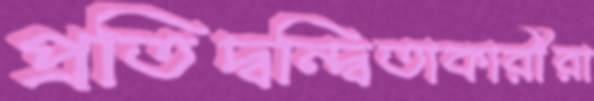
প্রতিদ্বন্দ্বিতাকারীরা